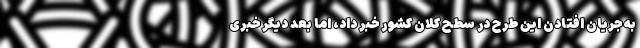
به جریان افتادن این طرح در سطح کلان کشور خبر داد، اما بعد دیگر خبری